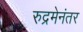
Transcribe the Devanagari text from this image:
रुद्रमेनंतर